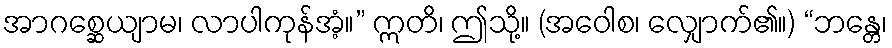
အာဂစ္ဆေယျာမ၊ လာပါကုန်အံ့။” ဣတိ၊ ဤသို့။ (အဝေါစ၊ လျှောက်၏။) “ဘန္တေ၊